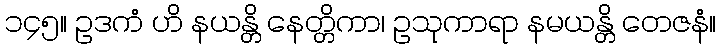
၁၄၅။ ဥဒကံ ဟိ နယန္တိ နေတ္တိကာ၊ ဥသုကာရာ နမယန္တိ တေဇနံ။